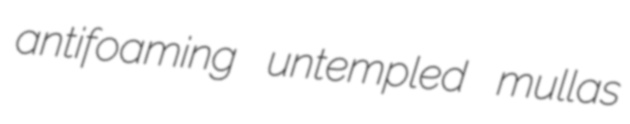
antifoaming untempled mullas